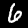
Digit: 6